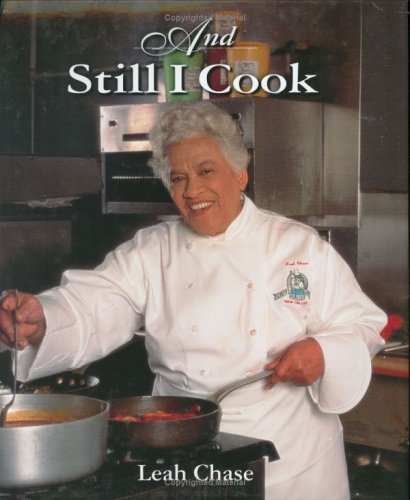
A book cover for And Still I Cook; Leah Chase; Cookbooks, Food & Wine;